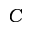
C